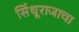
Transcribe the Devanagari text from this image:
सिंधूराजाचा